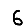
Digit: 6